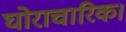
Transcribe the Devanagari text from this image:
घोराचारिक।